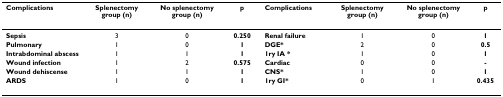
<table><thead><tr><td><b>Complications</b></td><td><b>Splenectomy group (n)</b></td><td><b>No splenectomy group (n)</b></td><td><b>p</b></td><td><b>Complications</b></td><td><b>Splenectomy group (n)</b></td><td><b>No splenectomy group (n)</b></td><td><b>p</b></td></tr></thead><tbody><tr><td><b>Sepsis</b></td><td>3</td><td>0</td><td><b>0.250</b></td><td><b>Renal failure</b></td><td>1</td><td>0</td><td><b>1</b></td></tr><tr><td><b>Pulmonary</b></td><td>1</td><td>0</td><td><b>1</b></td><td><b>DGE*</b></td><td>2</td><td>0</td><td><b>0.5</b></td></tr><tr><td><b>Intrabdominal abscess</b></td><td>1</td><td>1</td><td><b>1</b></td><td><b>1ry IA *</b></td><td>1</td><td>0</td><td><b>1</b></td></tr><tr><td><b>Wound infection</b></td><td>1</td><td>2</td><td><b>0.575</b></td><td><b>Cardiac</b></td><td>0</td><td>0</td><td><b>-</b></td></tr><tr><td><b>Wound dehiscense</b></td><td>1</td><td>1</td><td><b>1</b></td><td><b>CNS*</b></td><td>1</td><td>0</td><td><b>1</b></td></tr><tr><td><b>ARDS</b></td><td>1</td><td>0</td><td><b>1</b></td><td><b>1ry GI*</b></td><td>0</td><td>1</td><td><b>0.435</b></td></tr></tbody></table>